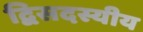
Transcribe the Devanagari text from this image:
द्विसदस्यीय